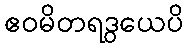
ဧဝမိတရဒွယေပိ